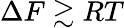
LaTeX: \Delta F\gtrsim RT